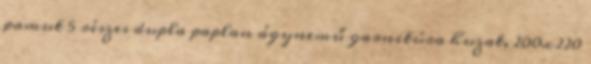
pamut 5 részes dupla paplan ágynemű garnitúra huzat, 200x220